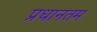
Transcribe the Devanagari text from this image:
प्रधानतम